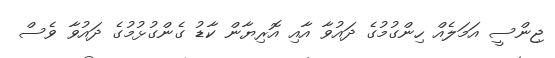
ޖިންސީ އަމަލެއް ހިންގުމުގެ ދައުވާ އާއި އޮރިޔާން ކާޑު ގެންގުޅުމުގެ ދައުވާ ވެސް